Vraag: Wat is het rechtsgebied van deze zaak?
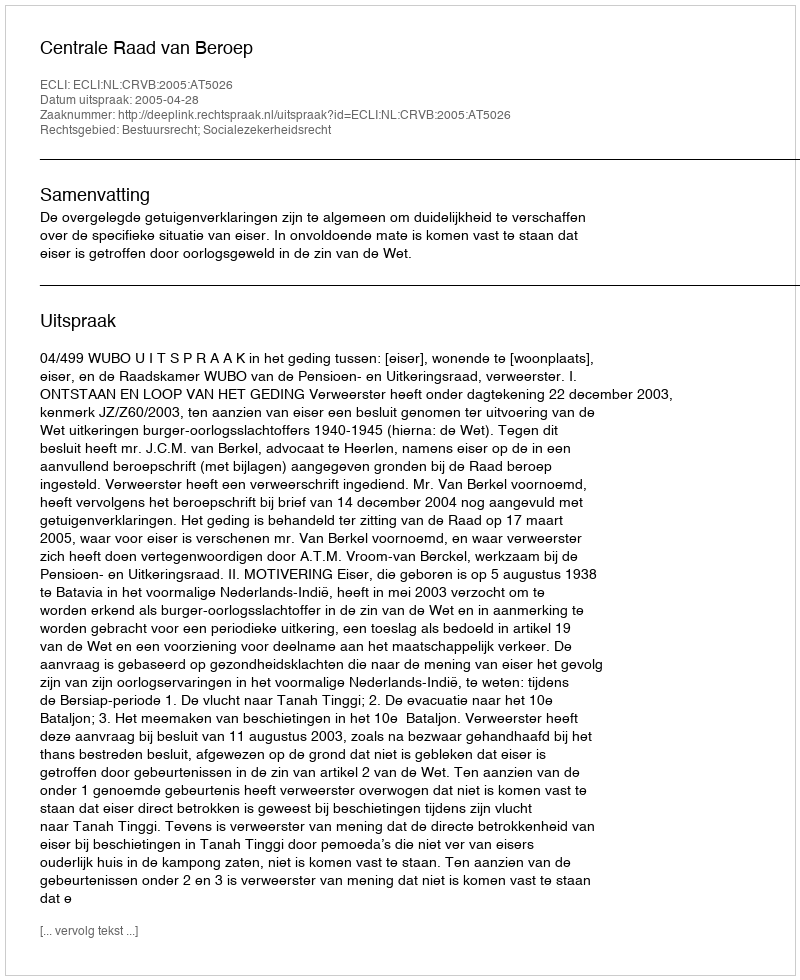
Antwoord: Bestuursrecht; Socialezekerheidsrecht